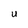
Character: U